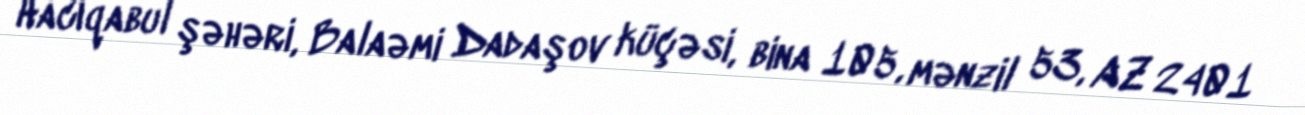
Hacıqabul şəhəri, Balaəmi Dadaşov küçəsi, bina 105, mənzil 53, AZ 2401